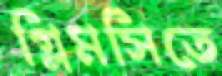
গ্লিমসিতে